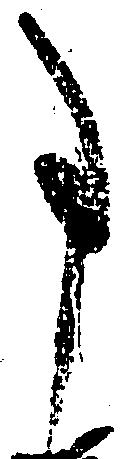
事